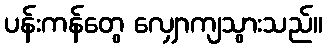
ပန်းကန်တွေ လျှောကျသွားသည်။